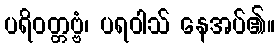
ပရိဝတ္တဗ္ဗံ၊ ပရဝါသ် နေအပ်၏။